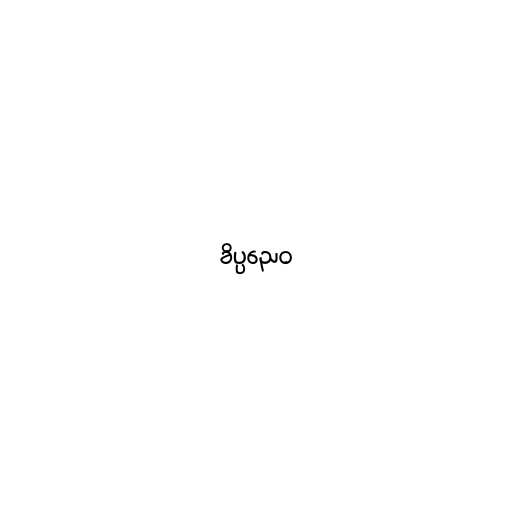
ခိပ္ပညေဝ